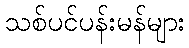
သစ်ပင်ပန်းမန်များ